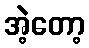
အဲ့တော့